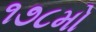
૧૭૮મો